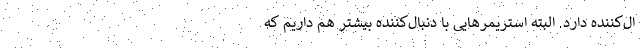
ال‌کننده دارد. البته استریمرهایی با دنبال‌کننده بیشتر هم داریم که